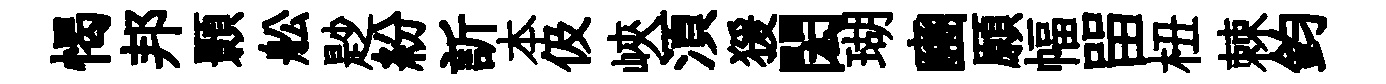
愒邦顥舩尟紛訢本伋峽湏猨閎瑚豳願幅㽞杻棘鈞